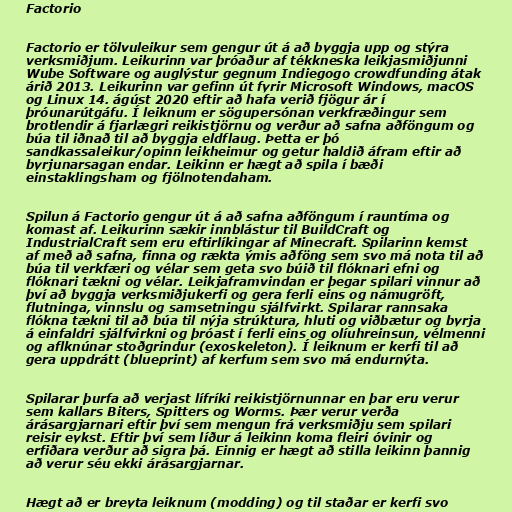
Factorio

Factorio er tölvuleikur sem gengur út á að byggja upp og stýra
verksmiðjum. Leikurinn var þróaður af tékkneska leikjasmiðjunni
Wube Software og auglýstur gegnum Indiegogo crowdfunding átak
árið 2013. Leikurinn var gefinn út fyrir Microsoft Windows, macOS
og Linux 14. ágúst 2020 eftir að hafa verið fjögur ár í
þróunarútgáfu. Í leiknum er sögupersónan verkfræðingur sem
brotlendir á fjarlægri reikistjörnu og verður að safna aðföngum og
búa til iðnað til að byggja eldflaug. Þetta er þó
sandkassaleikur/opinn leikheimur og getur haldið áfram eftir að
byrjunarsagan endar. Leikinn er hægt að spila í bæði
einstaklingsham og fjölnotendaham.

Spilun á Factorio gengur út á að safna aðföngum í rauntíma og
komast af. Leikurinn sækir innblástur til BuildCraft og
IndustrialCraft sem eru eftirlíkingar af Minecraft. Spilarinn kemst
af með að safna, finna og rækta ýmis aðföng sem svo má nota til að
búa til verkfæri og vélar sem geta svo búið til flóknari efni og
flóknari tækni og vélar. Leikjaframvindan er þegar spilari vinnur að
því að byggja verksmiðjukerfi og gera ferli eins og námugröft,
flutninga, vinnslu og samsetningu sjálfvirkt. Spilarar rannsaka
flókna tækni til að búa til nýja strúktura, hluti og viðbætur og byrja
á einfaldri sjálfvirkni og þróast í ferli eins og olíuhreinsun, vélmenni
og aflknúnar stoðgrindur (exoskeleton). Í leiknum er kerfi til að
gera uppdrátt (blueprint) af kerfum sem svo má endurnýta.

Spilarar þurfa að verjast lífríki reikistjörnunnar en þar eru verur
sem kallars Biters, Spitters og Worms. Þær verur verða
árásargjarnari eftir því sem mengun frá verksmiðju sem spilari
reisir eykst. Eftir því sem líður á leikinn koma fleiri óvinir og
erfiðara verður að sigra þá. Einnig er hægt að stilla leikinn þannig
að verur séu ekki árásargjarnar.

Hægt að er breyta leiknum (modding) og til staðar er kerfi svo